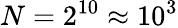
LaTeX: N=2^{10}\approx 10^{3}